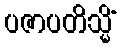
ပဇာပတိသ္မိံ